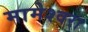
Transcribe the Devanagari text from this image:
मामेश्‍वरा